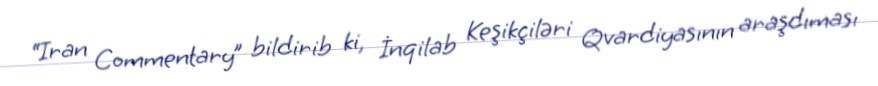
“Iran Commentary” bildirib ki, İnqilab Keşikçiləri Qvardiyasının araşdıması